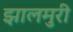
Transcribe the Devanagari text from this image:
झालमुरी